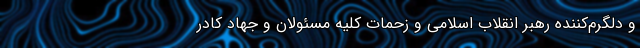
و دلگرم‌کننده رهبر انقلاب اسلامی و زحمات کلیه مسئولان و جهاد کادر